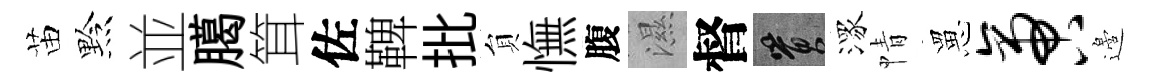
苗黔並臈䇯佐鞞批貟憮腹濕督篔潈情罳啻邉